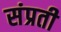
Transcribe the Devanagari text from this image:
संप्रती